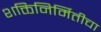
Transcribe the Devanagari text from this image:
शक्तिनिर्मितीचा